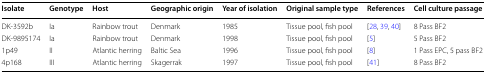
| Isolate | Genotype | Host | Geographic origin | Year of isolation | Original sample type | References | Cell culture passage |
 | --- | --- | --- | --- | --- | --- | --- | --- |
 | DK-3592b | Ia | Rainbow trout | Denmark | 1985 | Tissue pool, fish pool | [28, 39, 40] | 8 Pass BF2 |
 | DK-9895174 | Ia | Rainbow trout | Denmark | 1998 | Tissue pool, fish pool | [5] | 5 Pass BF2 |
 | 1p49 | II | Atlantic herring | Baltic Sea | 1996 | Tissue pool, fish pool | [8] | 1 Pass EPC, 5 pass BF2 |
 | 4p168 | III | Atlantic herring | Skagerrak | 1997 | Tissue pool, fish pool | [41] | 8 Pass BF2 |